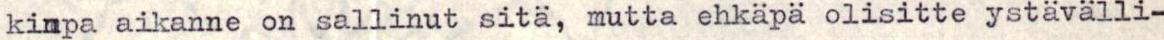
kinpa aikanne on sallinut sitä, mutta ehkäpa olisitte ystävälli-